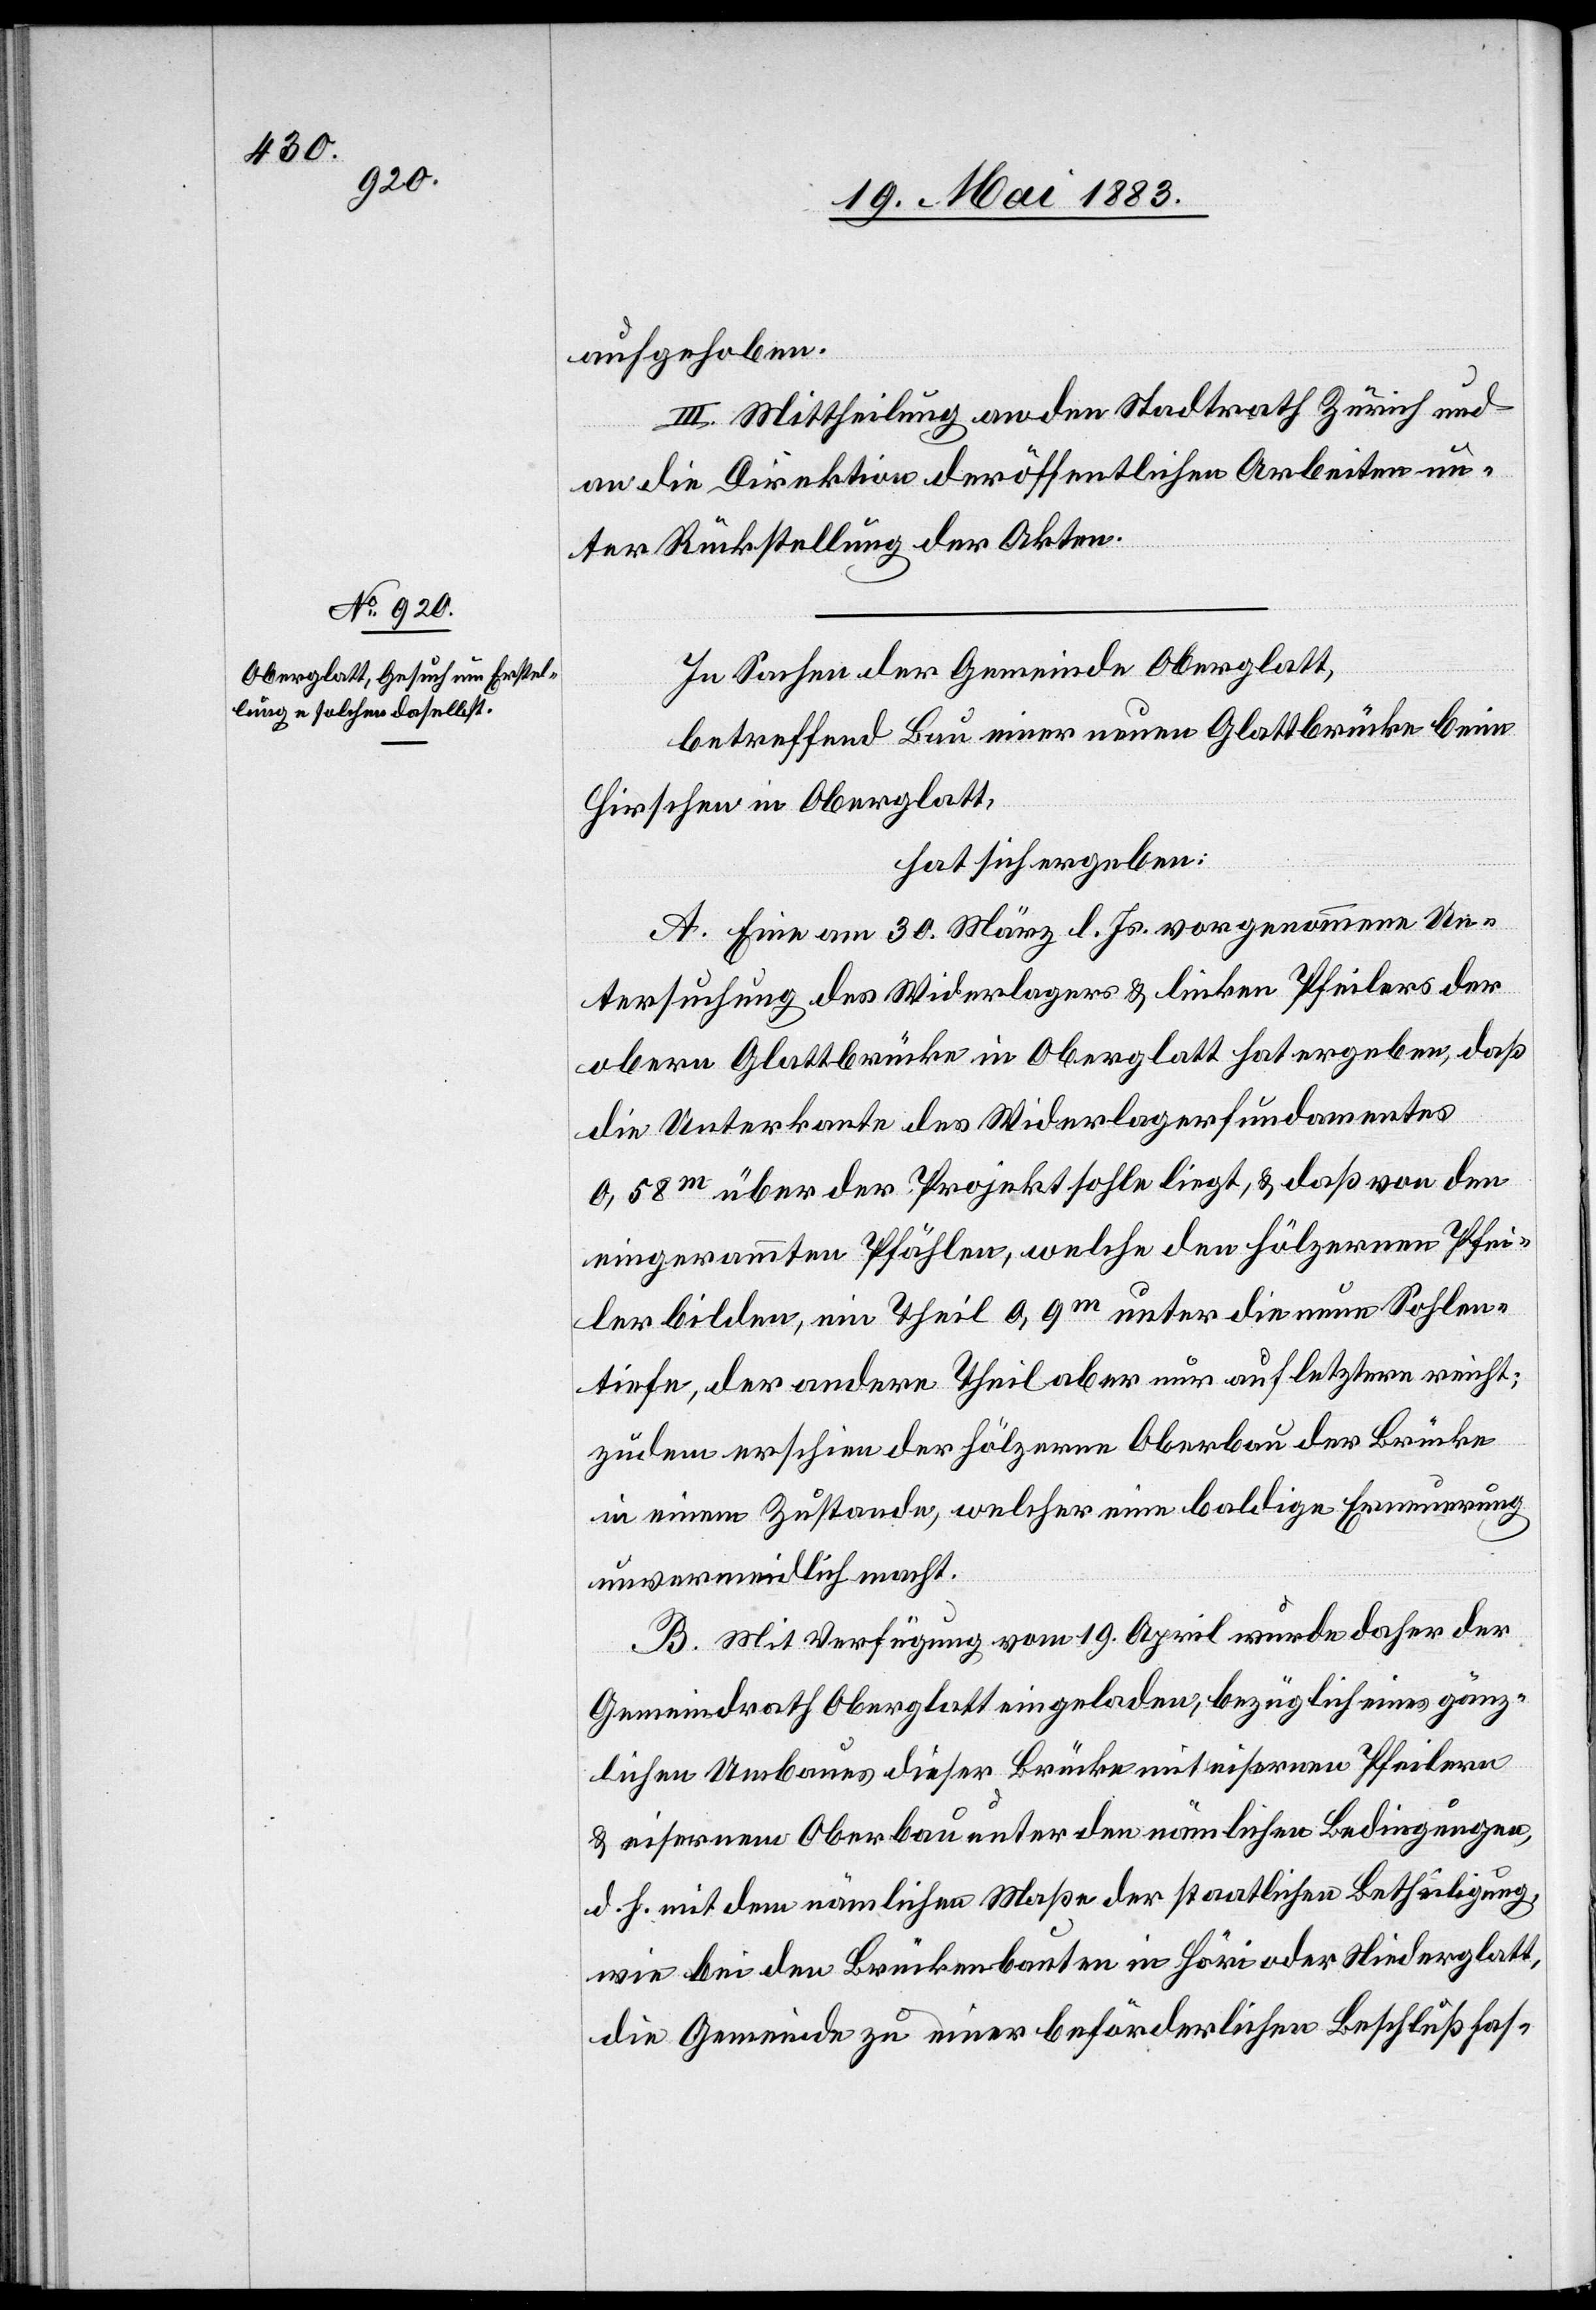
aufgehoben.
III. Mittheilung an den Stadtrath Zürich und
an die Direktion der öffentlichen Arbeiten un¬
ter Rückstellung der Akten.
In Sachen der Gemeinde Oberglatt,
betreffend Bau einer neuen Glattbrücke beim
Hirschen in Oberglatt,
hat sich ergeben:
A. Eine am 30. März l. Js. vorgenommene Un¬
tersuchung des Widerlagers & linken Pfeilers der
obern Glattbrücke in Oberglatt hat ergeben, daß
die Unterkante des Widerlagerfundamentes
0,58m über der Projektsohle liegt, & daß von den
eingerammten Pfählen, welche den hölzernen Pfei¬
ler bilden, ein Theil 0,9m unter die neue Sohlen¬
tiefe, der andere Theil aber nur auf letztere reicht;
zudem erschien der hölzerne Oberbau der Brücke
in einem Zustande, welcher eine baldige Erneuerung
unvermeidlich macht.
B. Mit Verfügung vom 19. April wurde daher der
Gemeindrath Oberglatt eingeladen, bezüglich eines gänz¬
lichen Umbaues dieser Brücke mit eisernen Pfeilern
& eisernem Oberbau unter den nämlichen Bedingungen,
d. h. mit dem nämlichen Maße der staatlichen Betheiligung,
wie bei den Brückenbauten in Höri oder Niederglatt,
die Gemeinde zu einer beförderlichen Beschlußfas-